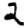
Digit: 2